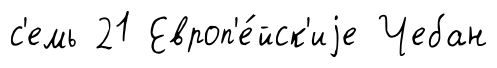
с'емь 21 Европ'е́йск'иjе Чебан